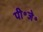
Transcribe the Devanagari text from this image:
पी॰जे॰